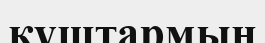
құштармын